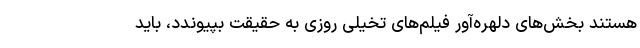
هستند بخش‌های دلهره‌آور فیلم‌های تخیلی روزی به حقیقت بپیوندد، باید